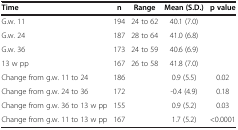
<table><thead><tr><td><b>Time</b></td><td><b>n</b></td><td><b>Range</b></td><td><b>Mean (S.D.)</b></td><td><b>p value</b></td></tr></thead><tbody><tr><td>G.w. 11</td><td>194</td><td>24 to 62</td><td>40.1 (7.0)</td><td> </td></tr><tr><td>G.w. 24</td><td>187</td><td>28 to 64</td><td>41.0 (6.8)</td><td> </td></tr><tr><td>G.w. 36</td><td>173</td><td>24 to 59</td><td>40.6 (6.9)</td><td> </td></tr><tr><td>13 w pp</td><td>167</td><td>26 to 58</td><td>41.8 (7.0)</td><td> </td></tr><tr><td>Change from g.w. 11 to 24</td><td>186</td><td> </td><td>0.9 (5.5)</td><td>0.02</td></tr><tr><td>Change from g.w. 24 to 36</td><td>172</td><td> </td><td>-0.4 (4.9)</td><td>0.18</td></tr><tr><td>Change from g.w. 36 to 13 w pp</td><td>155</td><td> </td><td>0.9 (5.2)</td><td>0.03</td></tr><tr><td>Change from g.w. 11 to 13 w pp</td><td>167</td><td> </td><td>1.7 (5.2)</td><td>&lt;0.0001</td></tr></tbody></table>